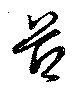
酋